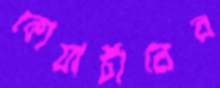
কোয়ার্টারের